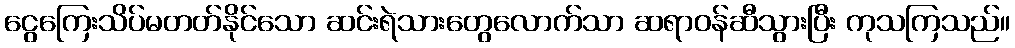
ငွေကြေးသိပ်မတတ်နိုင်သော ဆင်းရဲသားတွေလောက်သာ ဆရာဝန်ဆီသွားပြီး ကုသကြသည်။